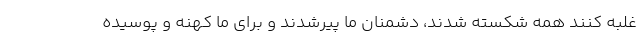
غلبه کنند همه شکسته شدند، دشمنان ما پیرشدند و برای ما کهنه و پوسیده